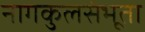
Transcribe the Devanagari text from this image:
नागकुलसंभूता